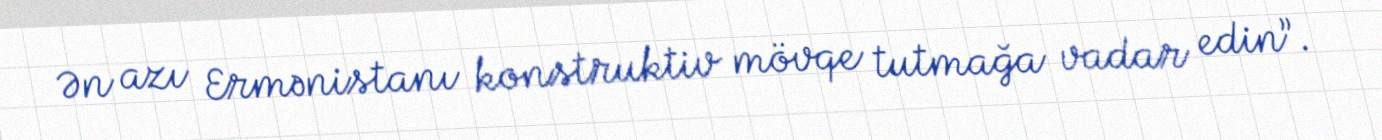
Ən azı Ermənistanı konstruktiv mövqe tutmağa vadar edin”.